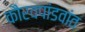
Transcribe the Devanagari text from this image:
कौरवपांडवांत